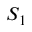
S _ { 1 }